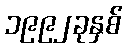
၁၉၉၂ခုနှစ်